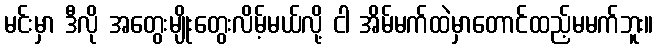
မင်းမှာ ဒီလို အတွေးမျိုးတွေးလိမ့်မယ်လို့ ငါ အိမ်မက်ထဲမှာတောင်ထည့်မမက်ဘူး။